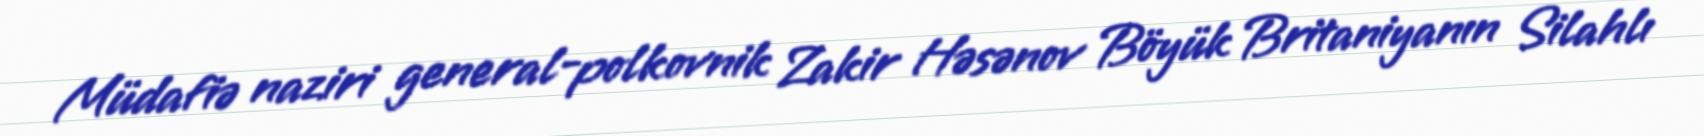
Müdafiə naziri general-polkovnik Zakir Həsənov Böyük Britaniyanın Silahlı